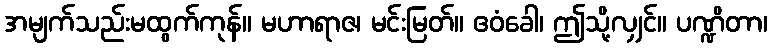
အမျက်သည်းမထွက်ကုန်။ မဟာရာဇ၊ မင်းမြတ်။ ဧဝံခေါ၊ ဤသို့လျှင်။ ပဏ္ဍိတာ၊